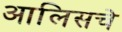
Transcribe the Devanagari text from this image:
आलिसचे